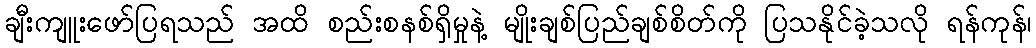
ချီးကျူးဖော်ပြရသည် အထိ စည်းစနစ်ရှိမှုနဲ့ မျိုးချစ်ပြည်ချစ်စိတ်ကို ပြသနိုင်ခဲ့သလို ရန်ကုန်၊